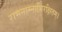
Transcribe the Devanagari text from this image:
रामनाम्नाभिरक्षितम्‌।